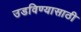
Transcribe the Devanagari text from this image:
उडविण्यासाठी